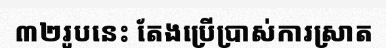
៣២រូបនេះ តែងប្រើប្រាស់ការស្រាត